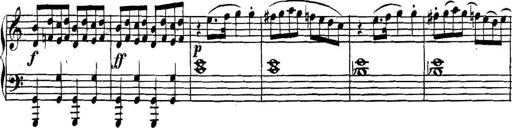
Title: Collected Piano Sonatas
Composer: Muzio Clementi